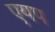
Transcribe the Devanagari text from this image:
एयप